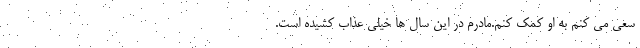
سعی می کنم به او کمک کنم.مادرم در این سال ها خیلی عذاب کشیده است.